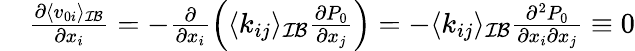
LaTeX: \begin{array}{rl}&{\frac{\partial\langle v_{0i}\rangle_{\mathcal{IB}}}{\partial x_{i}}=-\frac{\partial}{\partial x_{i}}\left(\langle k_{ij}\rangle_{\mathcal{IB}}\frac{\partial P_{0}}{\partial x_{j}}\right)=-\langle k_{ij}\rangle_{\mathcal{IB}}\frac{\partial^{2}P_{0}}{\partial x_{i}\partial x_{j}}\equiv 0}\end{array}